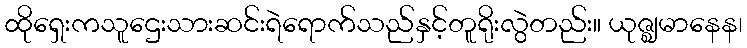
ထိုရှေးကသူဌေးသားဆင်းရဲရောက်သည်နှင့်တူရိုးလွဲတည်း။ ယုဇ္ဈမာနေန၊